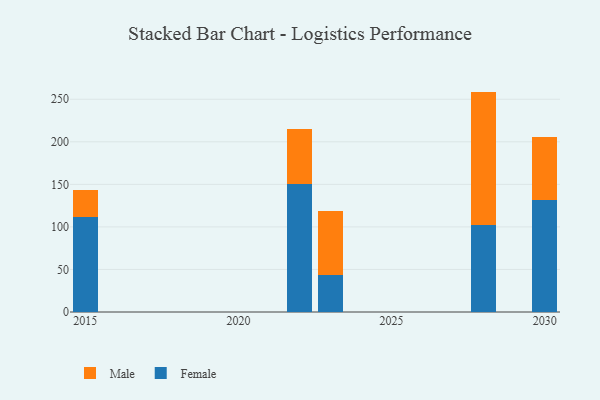
{"axis": {"x": "Year", "y": "Operating Costs (USD K)"}, "legend": ["Female", "Male"], "data": [{"x": "2028", "y": 102.0, "type": "Female"}, {"x": "2028", "y": 157.0, "type": "Male"}, {"x": "2030", "y": 131.4, "type": "Female"}, {"x": "2030", "y": 74.1, "type": "Male"}, {"x": "2022", "y": 150.6, "type": "Female"}, {"x": "2022", "y": 64.2, "type": "Male"}, {"x": "2015", "y": 111.8, "type": "Female"}, {"x": "2015", "y": 32.0, "type": "Male"}, {"x": "2023", "y": 43.8, "type": "Female"}, {"x": "2023", "y": 74.5, "type": "Male"}]}